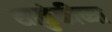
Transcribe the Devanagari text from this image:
साळुंकीच्या